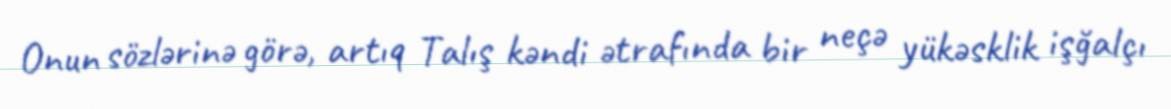
Onun sözlərinə görə, artıq Talış kəndi ətrafında bir neçə yükəsklik işğalçı